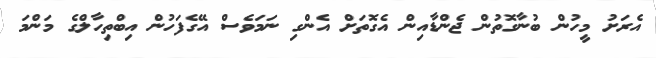
އެރަށު މީހުން ބުނާގޮތުން ޖެންޑާއިން އެގޮތަށް އެންގި ނަމަވެސް އޭގެފަހުން އިބްތިހާލްގެ މަންމަ